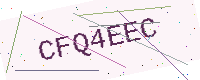
Text: CFQ4EEC